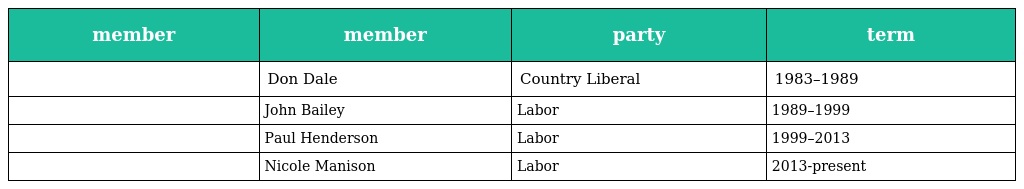
| member | member | party | term |
 | --- | --- | --- | --- |
 |  | Don Dale | Country Liberal | 1983–1989 |
 |  | John Bailey | Labor | 1989–1999 |
 |  | Paul Henderson | Labor | 1999–2013 |
 |  | Nicole Manison | Labor | 2013-present |